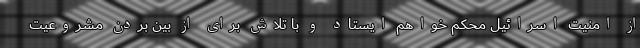
از امنیت اسرائیل محکم خواهم ایستاد و با تلاش برای از بین بردن مشروعیت